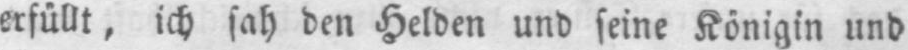
erfüllt, ich sah den Helden und seine Königin und